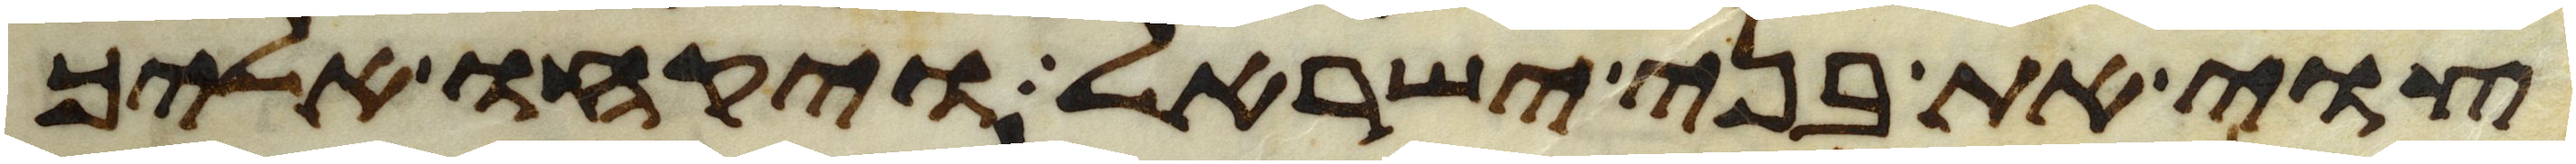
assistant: צוי את בני ישראל ויקחו אליך